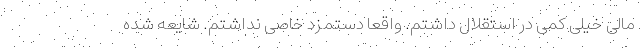
مالی خیلی کمی در استقلال داشتم. واقعا دستمزد خاصی نداشتم. شایعه شده